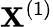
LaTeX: \mathbf{X}^{(1)}